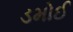
ડમોઈ